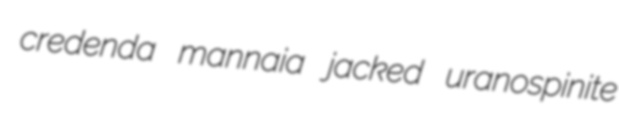
credenda mannaia jacked uranospinite